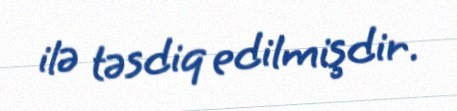
ilə təsdiq edilmişdir.